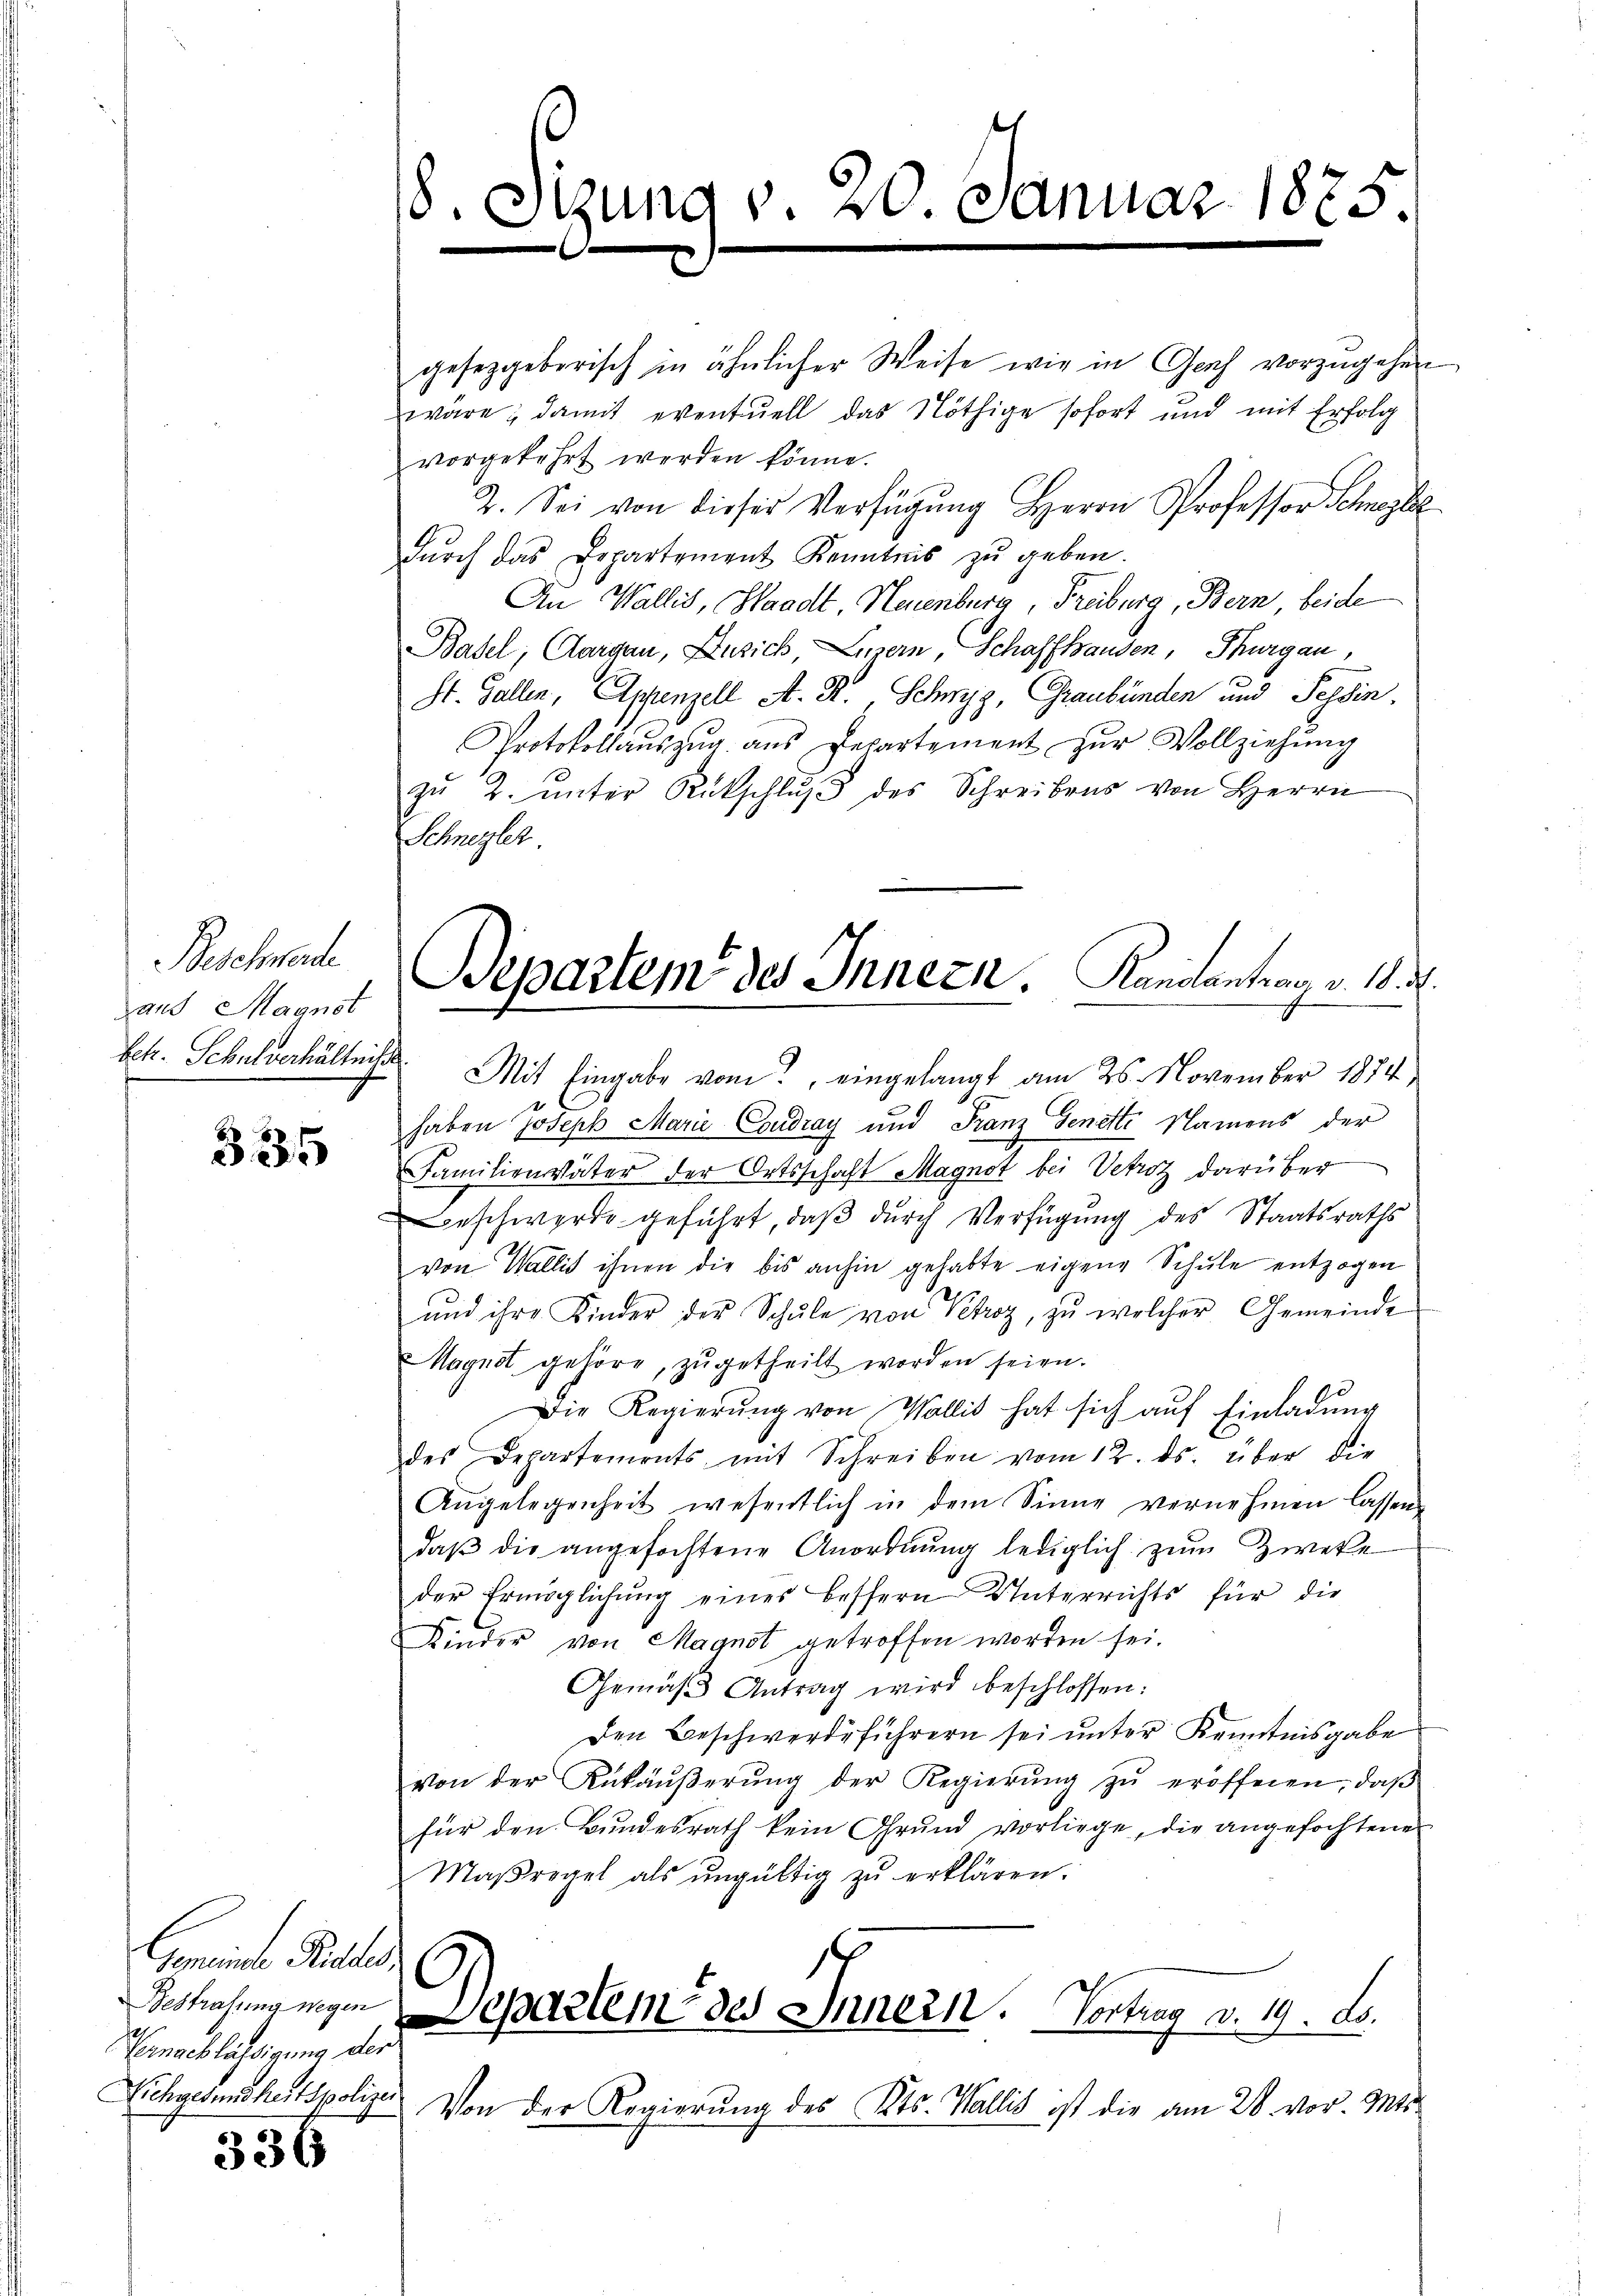
Beschwerde
daus Magnot
betr. Schulverhältnis.

8
2

Gemeinde Richtes,
Bestrafung wegen
Vernachlässigung der
Sichgesundheitspolizei

536

8. Sitzung v. 20. Januar 1875.

Bepartem des Innern. Kanalantrag v. 18. d.

gesetzgeberisch in ähnlicher Weise wie in Gesch vorzugehen
wäre; damit eventuell das Nöthige sofort und mit Erfolg
vorgekehrt werden könne.
2. Sei von dieser Verfügŭng Herrn Professor Schreybe
dŭrch das Departement Kenntnis zŭ geben.
An Wallis, Waadt, Neuenburg, Freiburg, Bern beide
Basel, Aargau, Zusich, Linern, Schaffhanden, Thurgau,
St. Gallen, Appenzell A. R. Schwyz, Graubünden und Tessin.
Protokollaŭszŭg ans Departement zŭr Vollziehŭng
zŭ 2. unter Rückschlŭβ des Schreibens von Herrn
Schnezler
2
Mit Eingabe vom eingelangt am 25. November 1874,
haben Joseph Marie Coudray und Franz Genette Namens der
Familienväter der Ortsschaft Magnot bei Vetrotz darüber
Beschwerde geführt, daß durch Verfügung des Staatsraths
von Wallis ihnen die bis anhin gehabte eigene Schule entzogen
und ihre Kinder der Schŭle von Kehroz, zŭ welcher Gemeinde
Mayndt gehöre, zŭgetheilt worden seien.
Die Regierŭng von Wallis hat sich auf Einladung
des Departements mit Schreiben vom 12. ds. über die
Angelegenheit wesentlich in dem Sinne vernehmen lassen,
daβ die angefochtene Anordnŭng lediglich zŭm Zweke
der Ermöglichŭng eines bessern Unterrichts für die
Kinder von Magnst getroffen worden sei.
Gemäβ Antrag wird beschlossen:
Den Beschwerdeführern sei unter Kenntnisgabe
von der Ankäŭβerŭng der Regierŭng zŭ eröffenen, daβ
für den Bŭndesrath kein Grŭnd vorliege, die angefochtenen
Maßregel als ŭngültig zu erklären.
Separtem des Innern. Vortrag v. 19. ds.
Von der Regierung des Kts. Wallis ist die am 28. vor. Mts